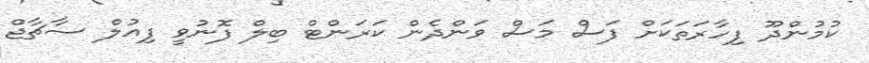
ކުމުންދޫ ފިހާރަތަކަށް ފަސް މަސް ވަންދެން ކަރަންޓް ބިލް ފޮނުވީ ފިއުލް ސާޗާޖް